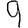
Digit: 9